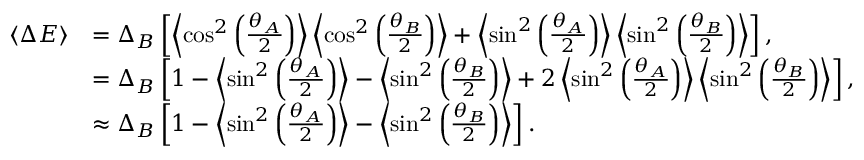
\begin{array} { r l } { \left\langle { \Delta E } \right\rangle } & { = \Delta _ { B } \left[ \left\langle { \cos ^ { 2 } \left( \frac { \theta _ { A } } { 2 } \right) } \right\rangle \left\langle { \cos ^ { 2 } \left( \frac { \theta _ { B } } { 2 } \right) } \right\rangle + \left\langle { \sin ^ { 2 } \left( \frac { \theta _ { A } } { 2 } \right) } \right\rangle \left\langle { \sin ^ { 2 } \left( \frac { \theta _ { B } } { 2 } \right) } \right\rangle \right] , } \\ & { = \Delta _ { B } \left[ 1 - \left\langle { \sin ^ { 2 } \left( \frac { \theta _ { A } } { 2 } \right) } \right\rangle - \left\langle { \sin ^ { 2 } \left( \frac { \theta _ { B } } { 2 } \right) } \right\rangle + 2 \left\langle { \sin ^ { 2 } \left( \frac { \theta _ { A } } { 2 } \right) } \right\rangle \left\langle { \sin ^ { 2 } \left( \frac { \theta _ { B } } { 2 } \right) } \right\rangle \right] , } \\ & { \approx \Delta _ { B } \left[ 1 - \left\langle { \sin ^ { 2 } \left( \frac { \theta _ { A } } { 2 } \right) } \right\rangle - \left\langle { \sin ^ { 2 } \left( \frac { \theta _ { B } } { 2 } \right) } \right\rangle \right] . } \end{array}